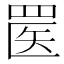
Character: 𬙟